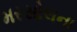
મરસોલના